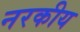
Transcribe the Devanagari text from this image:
नरकीय